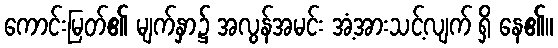
ကောင်းမြတ်၏ မျက်နှာ၌ အလွန်အမင်း အံ့အားသင့်လျက် ရှိ နေ၏။